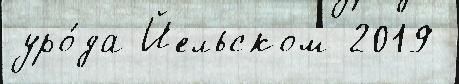
уро́да Йельском 2019